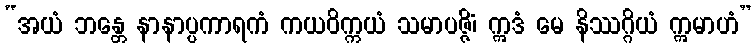
“အယံ ဘန္တေ နာနာပ္ပကာရကံ ကယဝိက္ကယံ သမာပဇ္ဇိံ၊ ဣဒံ မေ နိဿဂ္ဂိယံ ဣမာဟံ”